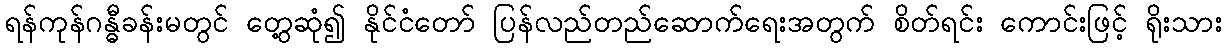
ရန်ကုန်ဂန္ဓီခန်းမတွင် တွေ့ဆုံ၍ နိုင်ငံတော် ပြန်လည်တည်ဆောက်ရေးအတွက် စိတ်ရင်း ကောင်းဖြင့် ရိုးသား